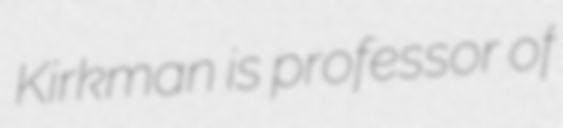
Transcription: Kirkman is professor of